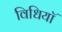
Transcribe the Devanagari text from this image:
विधियॉ